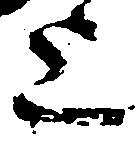
上